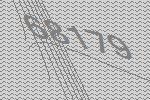
68179